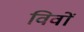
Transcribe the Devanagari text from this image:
विवों